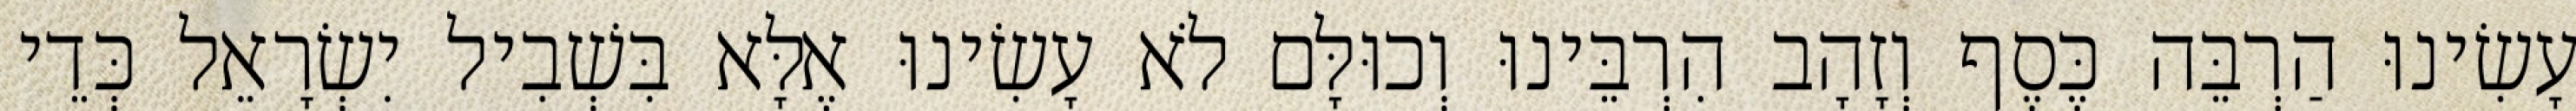
עָשִׂינוּ הַרְבֵּה כֶּסֶף וְזָהָב הִרְבֵּינוּ וְכוּלָּם לֹא עָשִׂינוּ אֶלָּא בִּשְׁבִיל יִשְׂרָאֵל כְּדֵי